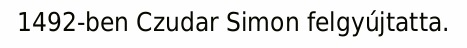
1492-ben Czudar Simon felgyújtatta.